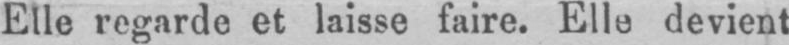
Elle regarde et laisse faire. Elle devient